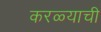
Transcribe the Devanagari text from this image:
करळ्याची